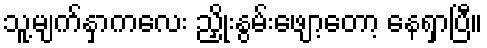
သူ့မျက်နှာကလေး ညှိုးနွမ်းဖျော့တော့ နေရှာပြီ။